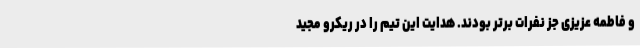
و فاطمه عزیزی جز نفرات برتر بودند. هدایت این تیم را در ریکرو مجید